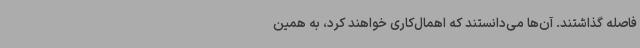
فاصله گذاشتند. آن‌ها می‌دانستند که اهمال‌کاری خواهند کرد، به همین